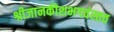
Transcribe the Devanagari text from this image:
श्रीजानकीशभगवंस्तव